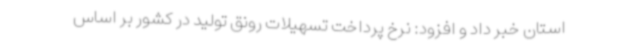
استان خبر داد و افزود: نرخ پرداخت تسهیلات رونق تولید در کشور بر اساس